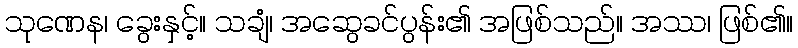
သုဏေန၊ ခွေးနှင့်။ သချံ၊ အဆွေခင်ပွန်း၏ အဖြစ်သည်။ အဿ၊ ဖြစ်၏။